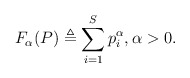
\begin{align*}F_\alpha (P) \triangleq \sum_{i = 1}^S p_i^\alpha, \alpha>0.\end{align*}